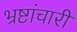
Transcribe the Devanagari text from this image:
भ्रष्टांचारी